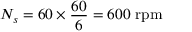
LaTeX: N _ { s } = 6 0 \times { \frac { 6 0 } { 6 } } = 6 0 0 \, \, { \mathrm { r p m } }